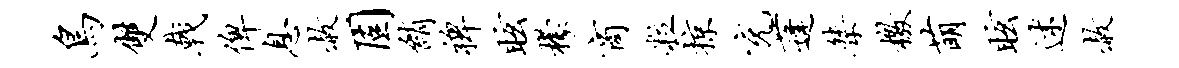
鸟双戟俾息赦固绡裨眩檬商粒掠充蓬桀檄萌眩述赦